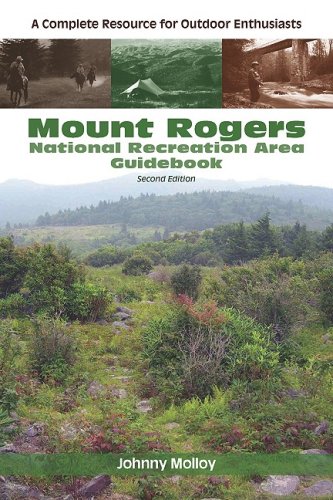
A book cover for Mount Rogers National Recreation Area Guidebook: A Complete Resource for Outdoor Enthusiasts; Johnny Molloy; Science & Math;